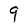
Character: 9